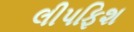
લીપફિશ